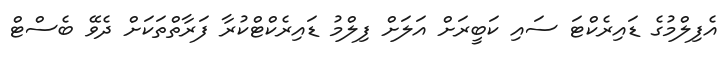
އެފިލްމުގެ ޑައިރެކްޓަ ސައި ކަބީރަށް އަލަށް ފިލްމު ޑައިރެކްޓްކުރާ ފަރާތްތަކަށް ދެވޭ ބެސްޓް